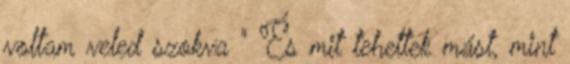
voltam veled szokva " És mit tehettek mást, mint